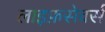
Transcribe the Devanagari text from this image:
लाइफ़सेवर्स